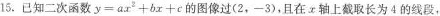
15.已知二次函数$$y = a x ^ { 2 } + b x + c$$的图像过(2，-3)，且在x轴上截取长为4的线段，